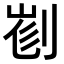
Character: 𠝉